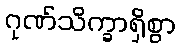
ဂုဏ်သိက္ခာရှိစွာ